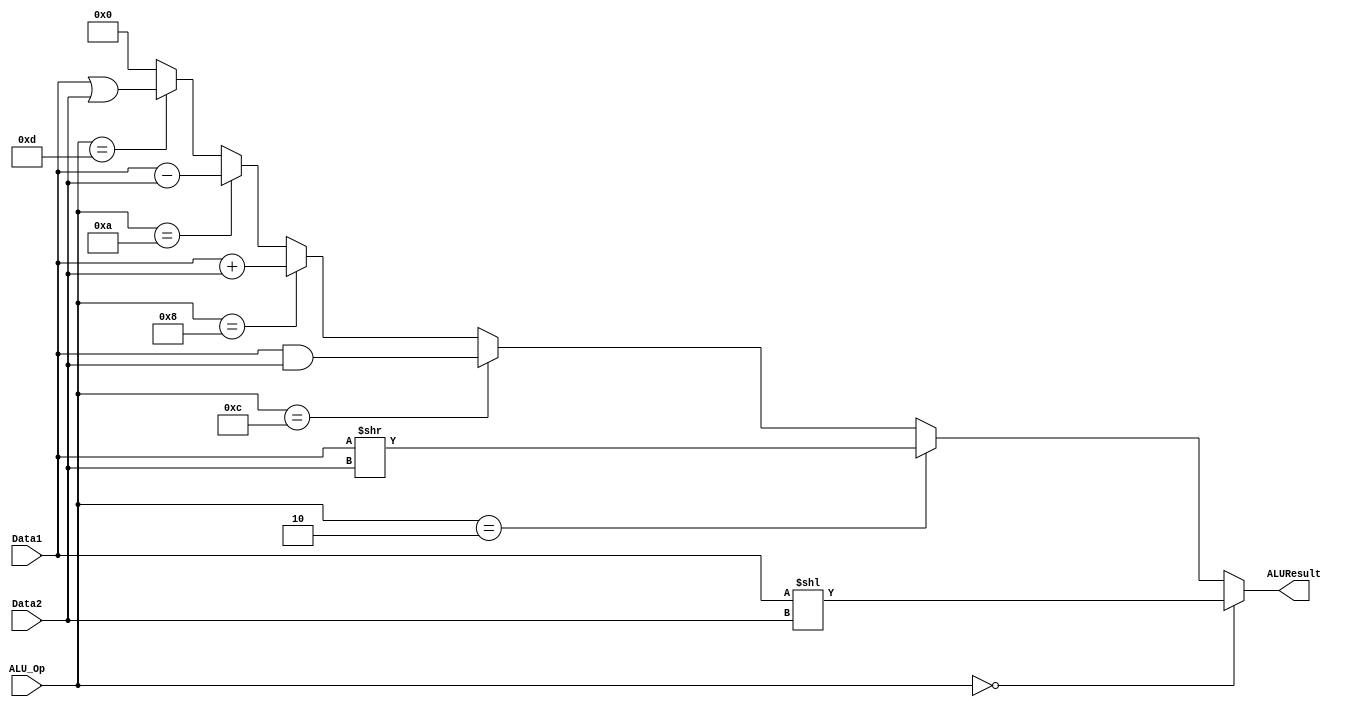
`timescale 1ns / 1ps
//////////////////////////////////////////////////////////////////////////////////
// Company: 
// Engineer: 
// 
// Design Name: 
// Module Name: ALU
// Project Name: 
// Target Devices: 
// Tool Versions: 
// Description: 
// 
// Dependencies: 
// 
// Revision:
// Revision 0.01 - File Created
// Additional Comments:
// 
//////////////////////////////////////////////////////////////////////////////////


module ALU(
    input [31:0] Data1,
    input [31:0] Data2,
    input [3:0] ALU_Op,
    output reg [31:0] ALUResult
    );
always @(Data1 or Data2 or ALU_Op)
    begin
        if(ALU_Op == 4'b0000)                   ///sll
            ALUResult = Data1 << Data2;
        else if(ALU_Op == 4'b0010)            ///srl
            ALUResult = Data1 >> Data2;
        else if(ALU_Op == 4'b1100)             ///AND
            ALUResult = Data1 & Data2;
        else if(ALU_Op == 4'b1000)            ///add
            ALUResult = Data1 + Data2;
        else if(ALU_Op == 4'b1010)           ///sub
            ALUResult = Data1 - Data2;
        else if(ALU_Op == 4'b1101)           ///OR
            ALUResult = Data1 | Data2;
        else ALUResult = 32'b0;

    end
endmodule